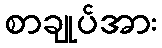
စာချုပ်အား